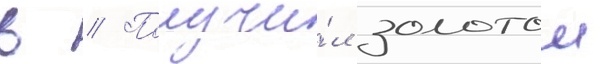
в // Получи́л золотои